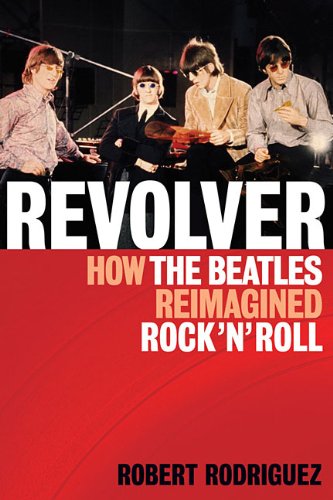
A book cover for Revolver How the Beatles Reimagined Rock'n'Roll; Robert Rodriguez; Humor & Entertainment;